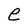
Character: e